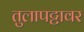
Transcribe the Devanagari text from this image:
तुलापट्टावर